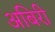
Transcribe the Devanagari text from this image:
अबिरी